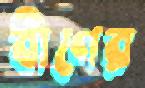
বীণের